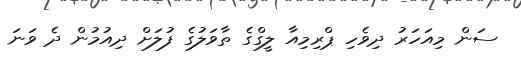
ސަން މިއަހަރު ދިވެހި ޕްރިމިއާ ލީގްގެ ތާވަލުގެ ފުލަށް ދިއުމުން ދެ ވަނަ